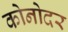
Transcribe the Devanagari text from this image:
कोनोदर